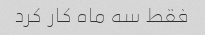
فقط سه ماه کار کرد